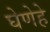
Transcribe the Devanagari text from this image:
घेणेहे